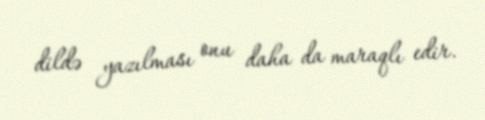
dildə yazılması onu daha da maraqlı edir.